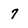
Character: 7